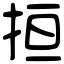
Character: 𢬎